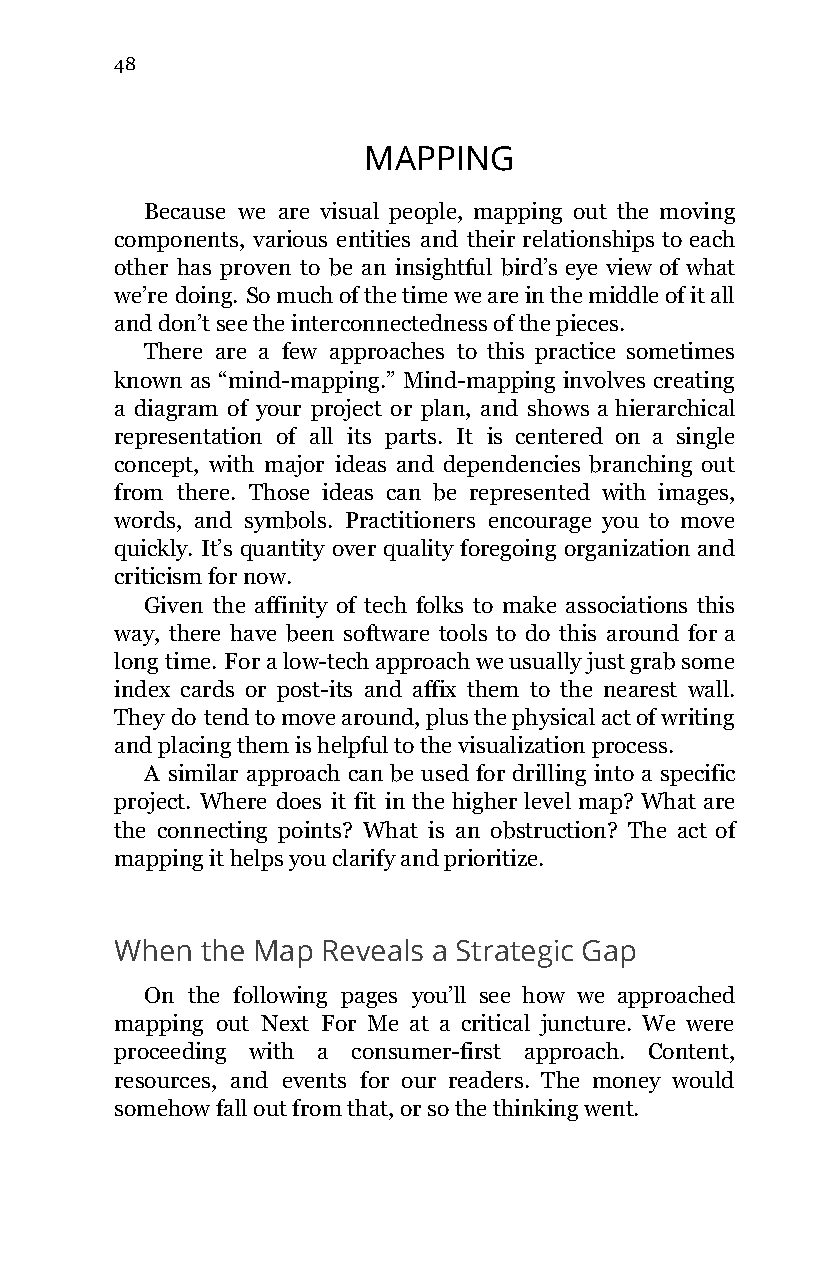
48
 MAPPING
 Because we are visual people, mapping out the moving
 components, various entities and their relationships to each
 other has proven to be an insightful bird’s eye view of what
 we’re doing. So much of the time we are in the middle of it all
 and don’t see the interconnectedness of the pieces.
 There are a few approaches to this practice sometimes
 known as “mind-mapping.” Mind-mapping involves creating
 a diagram of your project or plan, and shows a hierarchical
 representation of all its parts. It is centered on a single
 concept, with major ideas and dependencies branching out
 from there. Those ideas can be represented with images,
 words, and symbols. Practitioners encourage you to move
 quickly. It’s quantity over quality foregoing organization and
 criticism for now.
 Given the affinity of tech folks to make associations this
 way, there have been software tools to do this around for a
 long time. For a low-tech approach we usually just grab some
 index cards or post-its and affix them to the nearest wall.
 They do tend to move around, plus the physical act of writing
 and placing them is helpful to the visualization process.
 A similar approach can be used for drilling into a specific
 project. Where does it fit in the higher level map? What are
 the connecting points? What is an obstruction? The act of
 mapping it helps you clarify and prioritize.
 When the Map Reveals a Strategic Gap
 On the following pages you’ll see how we approached
 mapping out Next For Me at a critical juncture. We were
 proceeding with a consumer-first approach. Content,
 resources, and events for our readers. The money would
 somehow fall out from that, or so the thinking went.